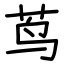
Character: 茑